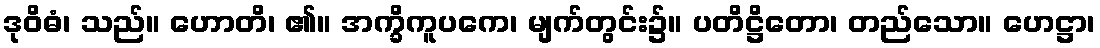
ဒုဝိဓံ၊ သည်။ ဟောတိ၊ ၏။ အက္ခိကူပကေ၊ မျက်တွင်း၌။ ပတိဋ္ဌိတော၊ တည်သော။ ဟေဋ္ဌာ၊